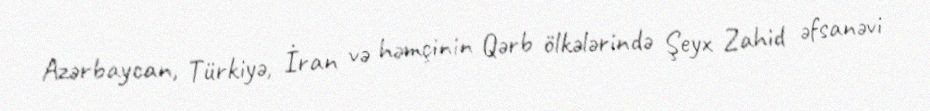
Azərbaycan, Türkiyə, İran və həmçinin Qərb ölkələrində Şeyx Zahid əfsanəvi